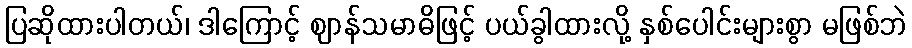
ပြဆိုထားပါတယ်၊ ဒါကြောင့် ဈာန်သမာဓိဖြင့် ပယ်ခွါထားလို့ နှစ်ပေါင်းများစွာ မဖြစ်ဘဲ